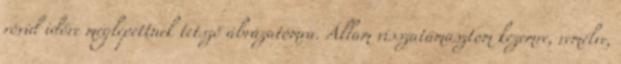
rövid időre meglepettnek tetsző ábrázatomra. Állam visszatámasztom kezemre, remélve,